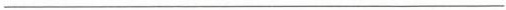
___